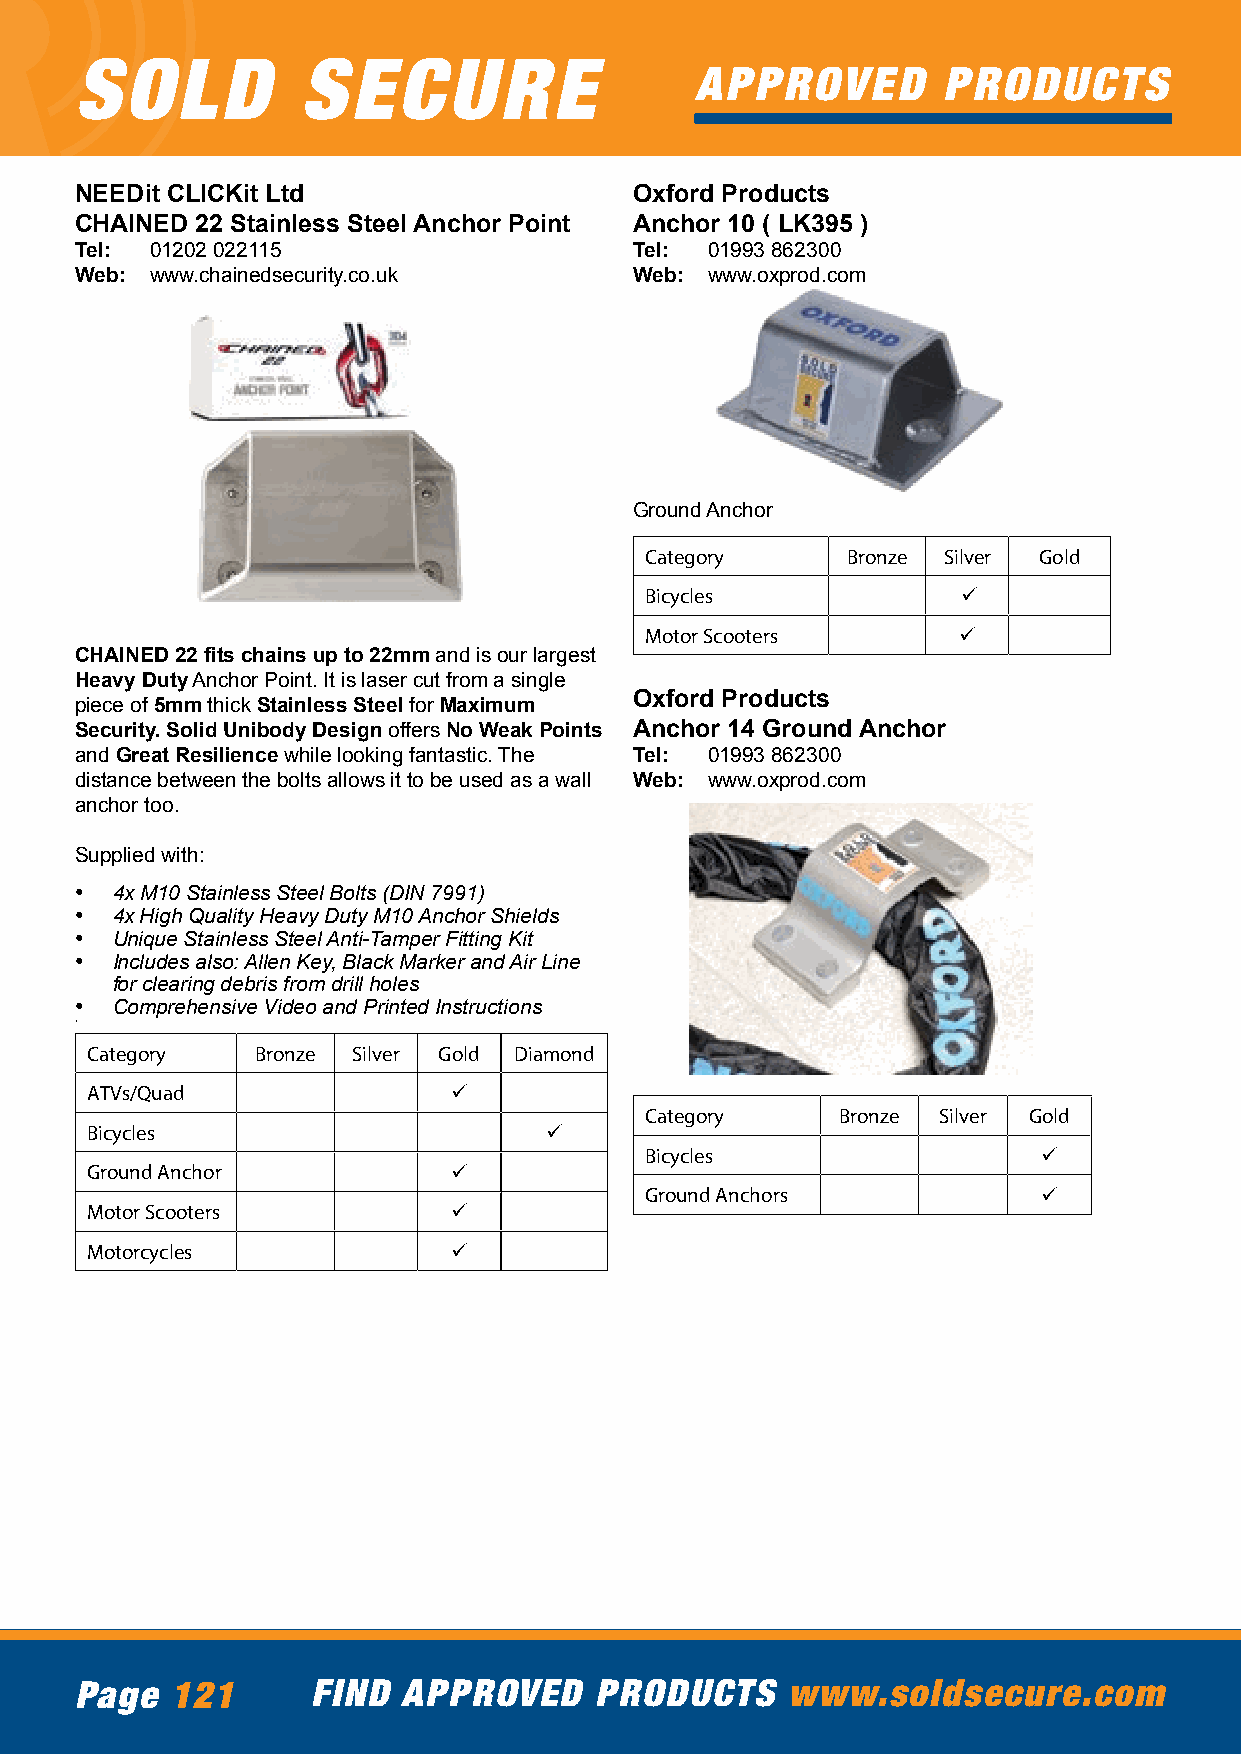
SOLD           SECURE
 APPROVED        PRODUCTS
 NEEDit CLICKit Ltd                   Oxford Products
 CHAINED 22 Stainless Steel Anchor Point Anchor 10 ( LK395 )
 Tel: 01202 022115                    Tel: 01993 862300
 Web: www.chainedsecurity.co.uk       Web: www.oxprod.com
 Ground Anchor
 Category     Bronze Silver Gold
 Bicycles             ü
 Motor Scooters      ü
 CHAINED 22 fits chains up to 22mm and is our largest
 Heavy Duty Anchor Point. It is laser cut from a single
 Oxford Products
 piece of 5mm thick Stainless Steel for Maximum
 Security. Solid Unibody Design offers No Weak Points Anchor 14 Ground Anchor
 and Great Resilience while looking fantastic. The Tel: 01993 862300
 distance between the bolts allows it to be used as a wall Web: www.oxprod.com
 anchor too.
 Supplied with:
 • 4x M10 Stainless Steel Bolts (DIN 7991)
 • 4x High Quality Heavy Duty M10 Anchor Shields
 • Unique Stainless Steel Anti-Tamper Fitting Kit
 • Includes also: Allen Key, Black Marker and Air Line
 for clearing debris from drill holes
 • Comprehensive Video and Printed Instructions
 •
 Category   Bronze Silver Gold Diamond
 ATVs/Quad               ü
 Category     Bronze Silver Gold
 Bicycles                      ü
 Bicycles                  ü
 Ground Anchor           ü
 Ground Anchors            ü
 Motor Scooters          ü
 Motorcycles             ü
 Page  121       FIND  APPROVED    PRODUCTS     www.soldsecure.com